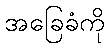
အခြေခံကို